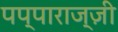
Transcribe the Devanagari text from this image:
पप्पाराज्ज़ी